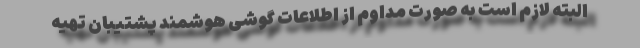
البته لازم است به صورت مداوم از اطلاعات گوشی‌ هوشمند پشتیبان تهیه